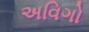
અવિગો